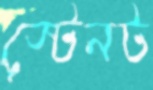
স্টেনট